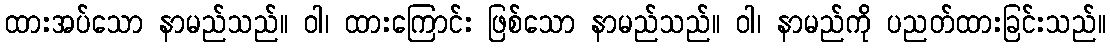
ထားအပ်သော နာမည်သည်။ ဝါ၊ ထားကြောင်း ဖြစ်သော နာမည်သည်။ ဝါ၊ နာမည်ကို ပညတ်ထားခြင်းသည်။